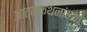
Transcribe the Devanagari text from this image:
आत्मकथनांच्या